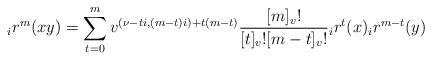
LaTeX: \begin{align*}{_ir}^{m}(xy)=\sum_{t=0}^{m}v^{(\nu-ti,(m-t)i)+t(m-t)}\frac{[m]_{v}!}{[t]_{v}![m-t]_{v}!}{_ir}^{t}(x){_ir}^{m-t}(y)\end{align*}